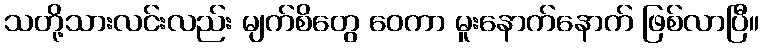
သတို့သားလင်းလည်း မျက်စိတွေ ဝေကာ မူးနောက်နောက် ဖြစ်လာပြီ။